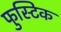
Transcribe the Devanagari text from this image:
फुस्टिक